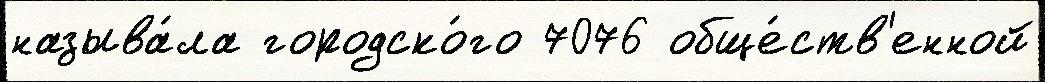
называ́ла городско́го 7076 обще́ств'енной